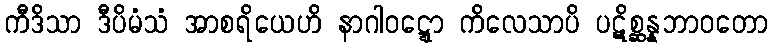
ကီဒိသာ ဒီပိမံသံ အာစရိယေဟိ နာဂါဝဋ္ဋော ကိလေသာပိ ပဋိစ္ဆန္နဘာဝတော